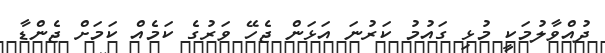
ދުއްވާލުމަކީ މުޅި ގައުމު ކަރުނަ އަޅަން ޖެހޭ ވަރުގެ ކަމެއް ކަމަށް ޖެންޑާ